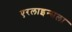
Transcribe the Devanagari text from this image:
एरलाइन्सला